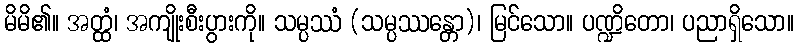
မိမိ၏။ အတ္ထံ၊ အကျိုးစီးပွားကို။ သမ္ပဿံ (သမ္ပဿန္တော)၊ မြင်သော။ ပဏ္ဍိတော၊ ပညာရှိသော။